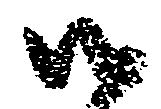
御